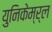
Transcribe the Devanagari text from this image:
युनिकेम्र्ल